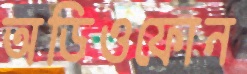
অডিওফোন